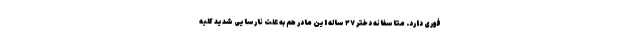
فوری دارد. متاسفانه دختر ۲۷ ساله این مادر هم به علت نارسایی شدید کلیه